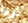
دوما